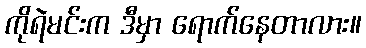
ကိုရဲမင်းက ဒီမှာ ရောက်နေတာလား။